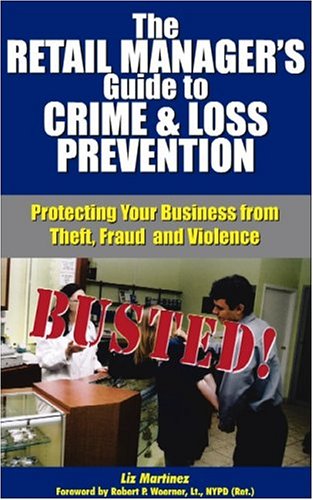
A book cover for The Retail Manager's Guide to Crime & Loss Prevention: Protecting Your Business from Theft, Fraud and Violence [With Pocket Reference]; Liz Martinez; Law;